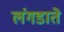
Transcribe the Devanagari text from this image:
लंगडाते